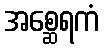
အစ္ဆေရကံ